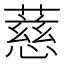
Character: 𬞧